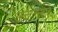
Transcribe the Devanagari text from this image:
अज़्ज़ाक्ज़ाई